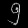
Digit: ၅